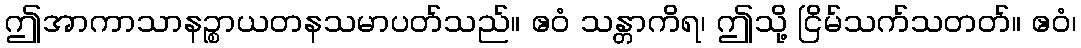
ဤအာကာသာနဉ္စာယတနသမာပတ်သည်။ ဧဝံ သန္တာကိရ၊ ဤသို့ ငြိမ်သက်သတတ်။ ဧဝံ၊